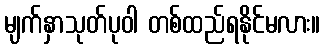
မျက်နှာသုတ်ပုဝါ တစ်ထည်ရနိုင်မလား။